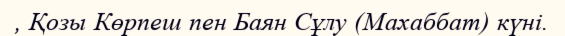
, Қозы Көрпеш пен Баян Сұлу (Махаббат) күні.